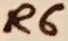
Text: R6